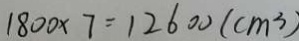
1 8 0 0 \times 7 = 1 2 6 0 0 ( c m ^ { 3 } )